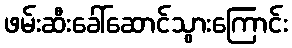
ဖမ်းဆီးခေါ်ဆောင်သွားကြောင်း